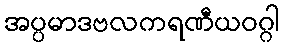
အပ္ပမာဒဗလကရဏီယဝဂ္ဂါ